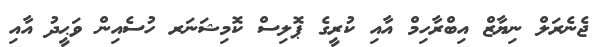
ޖެނެރަލް ނިޔާޒް އިބްރާހިމް އާއި ކުރީގެ ޕޮލިސް ކޮމިޝަނަރ ހުސެއިން ވަޙީދު އާއި